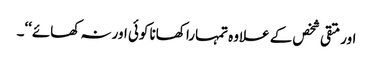
اور متقی شخص کے علاوہ تمہارا کھانا کوئی اور نہ کھائے‘‘۔